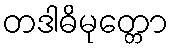
တဒါဓိမုတ္တော